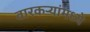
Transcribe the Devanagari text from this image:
वारकऱ्यांमध्ये